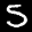
Label: 5